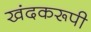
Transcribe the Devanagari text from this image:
खंदकरूपी